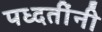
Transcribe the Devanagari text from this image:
पध्दतींनी